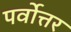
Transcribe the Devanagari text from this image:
पर्वोत्तर